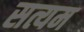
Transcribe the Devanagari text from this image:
सत्यम